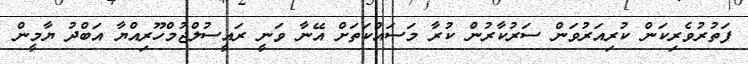
ފަތުރުވެރިކަން ކުރިއަރުވަން ސަރުކާރުން ކުރާ މަސައްކަތަށް އޭނާ ވަނީ ރައީސުލްޖުމްހޫރިއްޔާ އަބްދު ޔާމީން